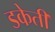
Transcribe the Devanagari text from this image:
डकेती